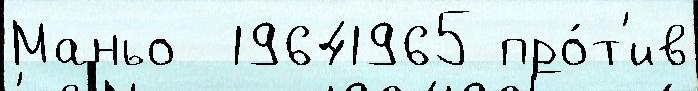
Маньо  19641965 про́т'ив